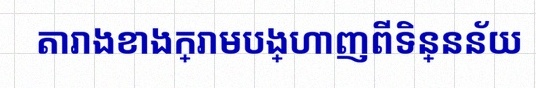
តារាងខាងក្រោមបង្ហាញពីទិន្នន័យ